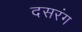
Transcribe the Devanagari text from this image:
दसरंग